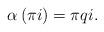
LaTeX: \begin{align*} \alpha \left( \pi i \right) = \pi qi. \end{align*}